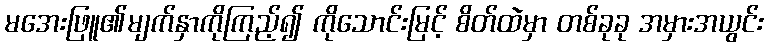
မအေးဖြူ၏မျက်နှာကိုကြည့်၍ ကိုသောင်းမြင့် စိတ်ထဲမှာ တစ်ခုခု အမှားအယွင်း